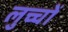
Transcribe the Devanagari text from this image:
लुच्चों